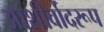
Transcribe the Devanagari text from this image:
आशीर्वादरूप